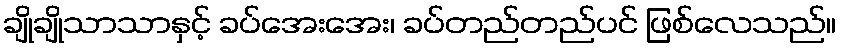
ချိုချိုသာသာနှင့် ခပ်အေးအေး၊ ခပ်တည်တည်ပင် ဖြစ်လေသည်။